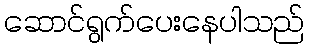
ဆောင်ရွက်ပေးနေပါသည်